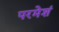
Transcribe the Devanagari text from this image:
परमेशं